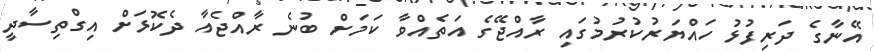
އޭނާގެ ދަރިފުޅު ހައްޔަރުކުރުމުގައި ރާއްޖޭގެ އަތެއްވާ ކަމަށް ބުނެ ރާއްޖެއާ ދެކޮޅަށް އިގްތިސާދީ